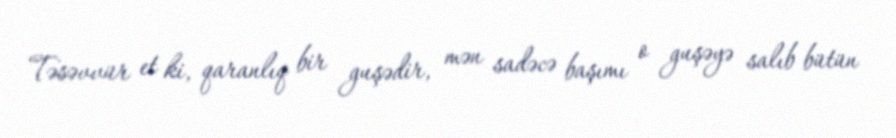
Təsəvvür et ki, qaranlıq bir guşədir, mən sadəcə başımı o guşəyə salıb bütün